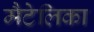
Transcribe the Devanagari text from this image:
मैटेलिका